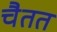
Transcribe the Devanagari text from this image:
चैतत